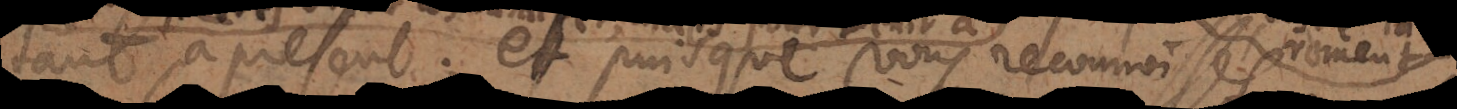
tant à present; et puisque vous reconnoissés qu’il